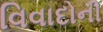
વિવાદોની